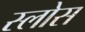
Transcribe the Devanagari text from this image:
स्लोस